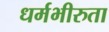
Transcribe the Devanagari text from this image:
धर्मभीरुता